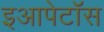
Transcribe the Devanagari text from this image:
इआपेटॉस